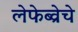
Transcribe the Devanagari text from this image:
लेफेब्व्रेचे